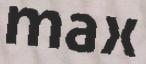
max